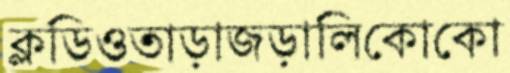
ক্লডিওতাড়াজড়ালিকোকো